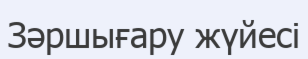
Зәршығару жүйесі